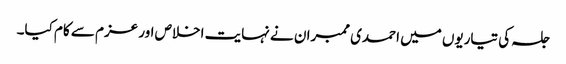
جلسہ کی تیاریوں میں احمدی ممبران نے نہایت اخلاص اور عزم سے کام کیا۔